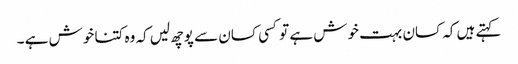
کہتے ہیں کہ کسان بہت خوش ہے تو کسی کسان سے پوچھ لیں کہ وہ کتنا خوش ہے ۔